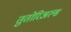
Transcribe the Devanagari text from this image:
तुतोरिअल्स